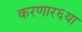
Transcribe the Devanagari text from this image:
करणार६या